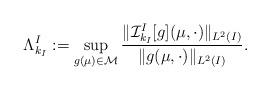
LaTeX: \begin{align*}\Lambda_{k_{I}}^{I} := \sup_{g(\mu) \in \mathcal{M}} \frac{\| \mathcal{I}^{I}_{k_{I}}[g](\mu,\cdot)\|_{L^{2}(I)}}{\| g(\mu,\cdot) \|_{L^{2}(I)}}.\end{align*}